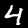
Label: 4